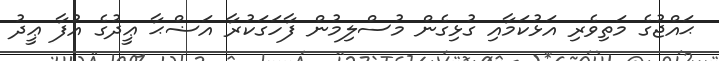
ޙައްޖުގެ މަތިވެރި އަޅުކަމާއި ގުޅިގެން މުސްލިމުން ފާހަގަކުރާ އަޟްޙާ ޢީދުގެ އުފާ ޢީދު